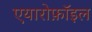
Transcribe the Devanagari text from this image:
एयारोफ़ॉइल